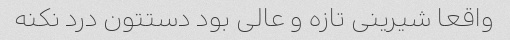
واقعا شیرینی تازه و عالی بود دستتون درد نکنه